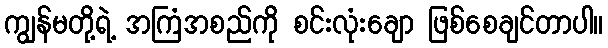
ကျွန်မတို့ရဲ့ အကြံအစည်ကို စင်းလုံးချော ဖြစ်စေချင်တာပါ။